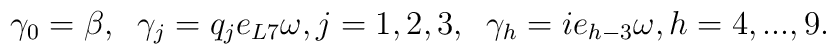
\gamma_{0}=\beta,\;\; \gamma_{j}=q_{j}e_{L7}\omega, j=1,2,3, \;\;\gamma_{h}=ie_{h-3}\omega, h=4,...,9.